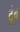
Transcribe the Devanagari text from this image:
टूंब